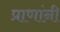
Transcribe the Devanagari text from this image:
प्राणांनी